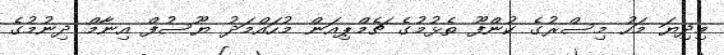
މިދިޔަ މަހު މިސްރުގެ ކުންފޫ ތެޅުމުގެ ޗެމްޕިއަން މުހައްމަދު ޔޫސުފް އިނާމް ދިނުމުގެ